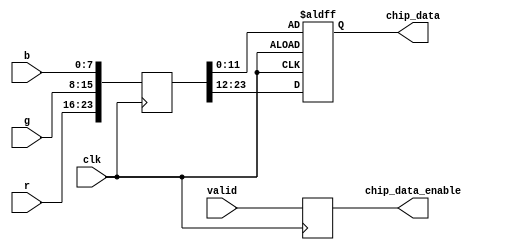
module chip_data_parser(
    input clk,
    input [7:0] r,
    input [7:0] g,
    input [7:0] b,
    input valid,

    output reg [11:0] chip_data,
    output reg chip_data_enable
);

    reg [23:0] pixel;
    always @(posedge clk) begin
        pixel <= {r, g, b};
        chip_data_enable <= valid;
    end

    /* Double-pumped flip-flop */
    always @(posedge clk or negedge clk)
        if (clk)
            chip_data <= pixel[11:0];
        else
            chip_data <= pixel[23:12];

endmodule